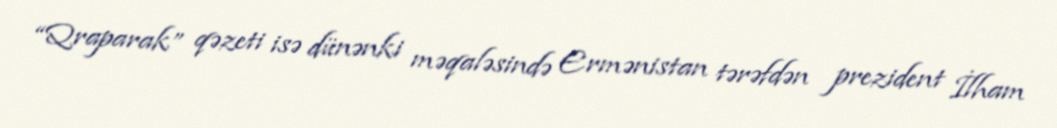
“Qraparak” qəzeti isə dünənki məqaləsində Ermənistan tərəfdən prezident İlham